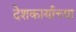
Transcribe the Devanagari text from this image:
देशकार्याच्या